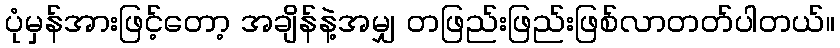
ပုံမှန်အားဖြင့်တော့ အချိန်နဲ့အမျှ တဖြည်းဖြည်းဖြစ်လာတတ်ပါတယ်။